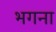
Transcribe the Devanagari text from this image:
भगना